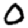
Digit: 0